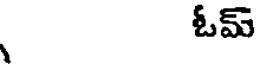
ఓమ్